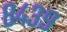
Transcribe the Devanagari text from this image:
८४३९